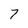
Character: 7